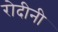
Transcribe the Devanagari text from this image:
रोदीनी